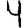
Digit: 4